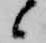
候